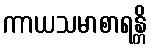
ကာယသမာစာရန္တိ